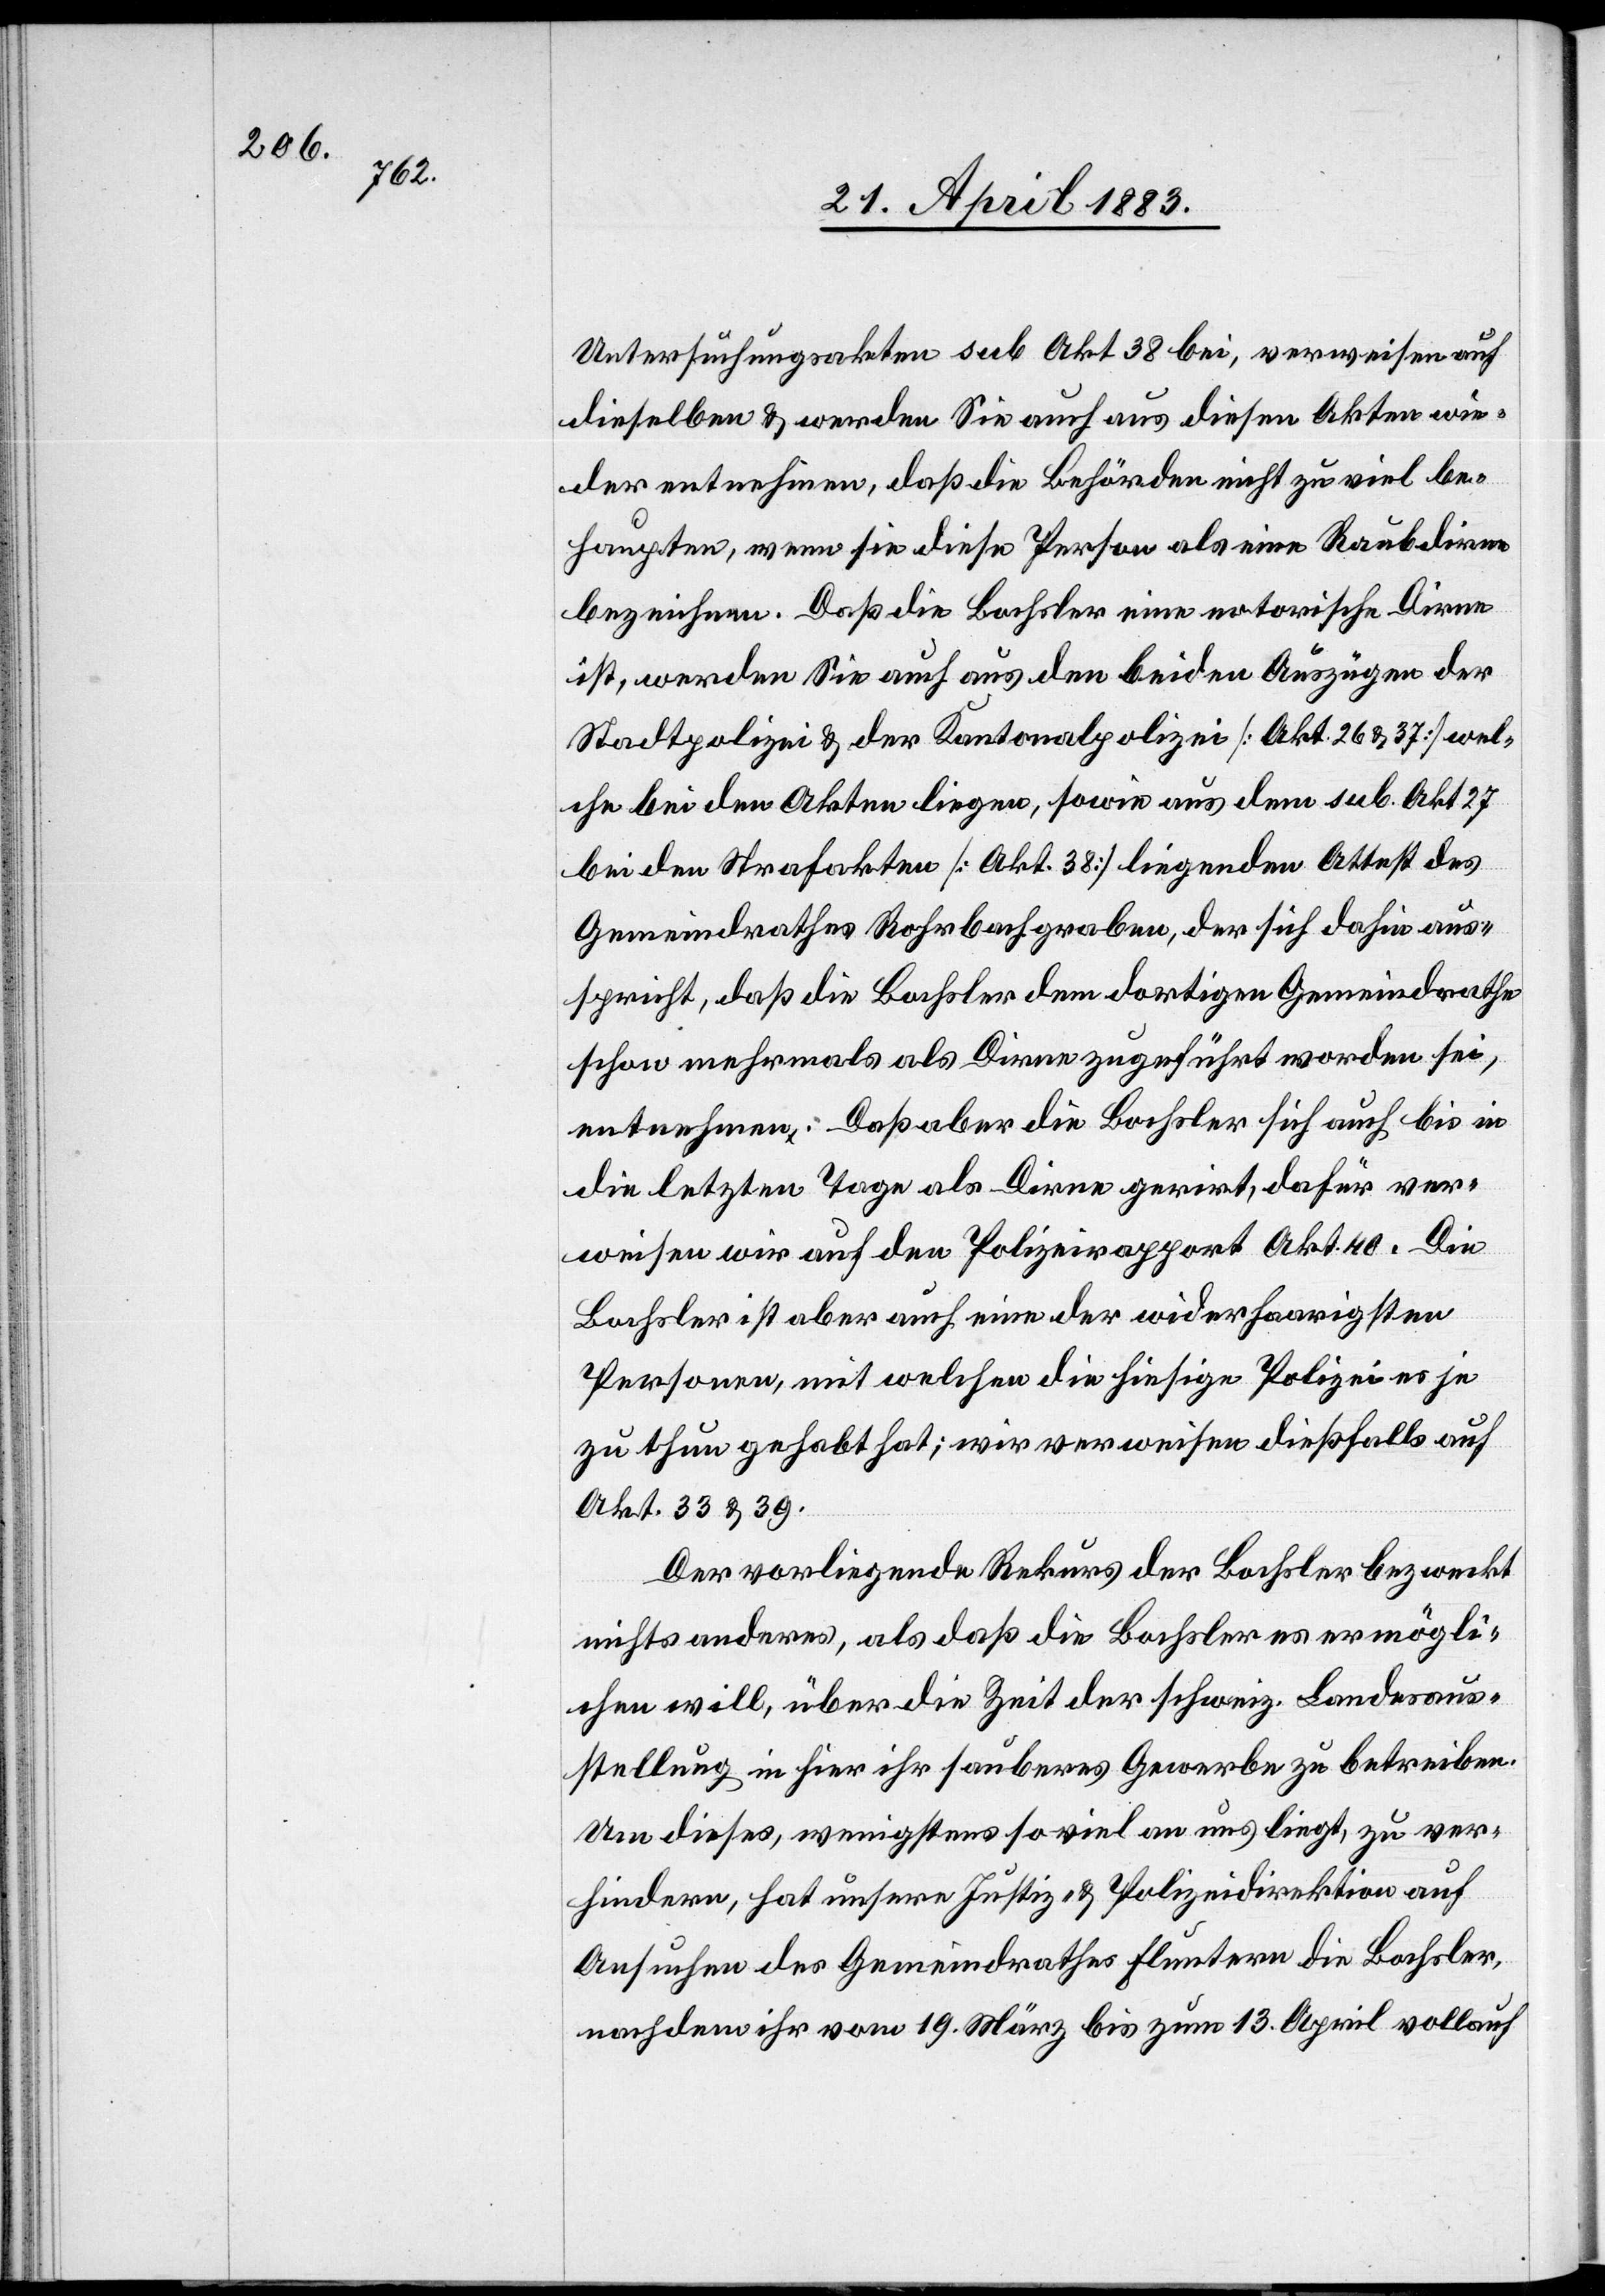
Untersuchungsakten sub Akt 38 bei, verweisen auf
dieselben & werden Sie auch aus diesen Akten wie¬
der entnehmen, daß die Behörden nicht zu viel be¬
haupten, wenn sie diese Person als eine Raubdirne
bezeichnen. Daß die Bochsler eine notorische Dirne
ist, werden sie auch aus den beiden Auszügen der
Stadtpolizei & der Kantonalpolizei [Akt. 26 & 37] wel¬
che bei den Akten liegen, sowie aus dem sub. Akt. 27
bei den Strafakten [Akt. 38] liegendem Attest des
Gemeindrathes Rohrbachgraben, der sich dahin aus¬
spricht, daß die Bochlser dem dortigen Gemeindrathe
schon mehrmals als Dirne zugeführt worden sei,
entnehmen. Daß aber die Bochlser sich auch bis in
die letzten Tage als Dirne gerirt, dafür ver¬
weisen wir auf den Polizeirapport Akt. 40. Die
Bochsler ist aber auch eine der widerhaarigsten
Personen, mit welchen die hiesige Polizei es je
zu thun gehabt hat; wir verweisen dießfalls auf
Akt. 33 & 39.
Der vorliegende Rekurs der Bochsler bezweckt
nichts anderes, als daß die Bochsler es ermögli¬
chen will, über die Zeit der schweiz. Landesaus¬
stellung in hier ihr sauberes Gewerbe zu betreiben.
Um dieses, wenigstens so viel an uns liegt, zu ver¬
hindern, hat unsere Justiz- & Polizeidirektion auf
Ansuchen des Gemeindrathes Fluntern die Bochsler,
nachdem ihr vom 19. März bis zum 13. April vollauf